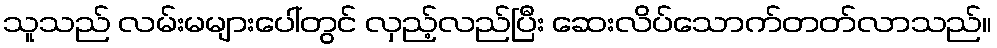
သူသည် လမ်းမများပေါ်တွင် လှည့်လည်ပြီး ဆေးလိပ်သောက်တတ်လာသည်။